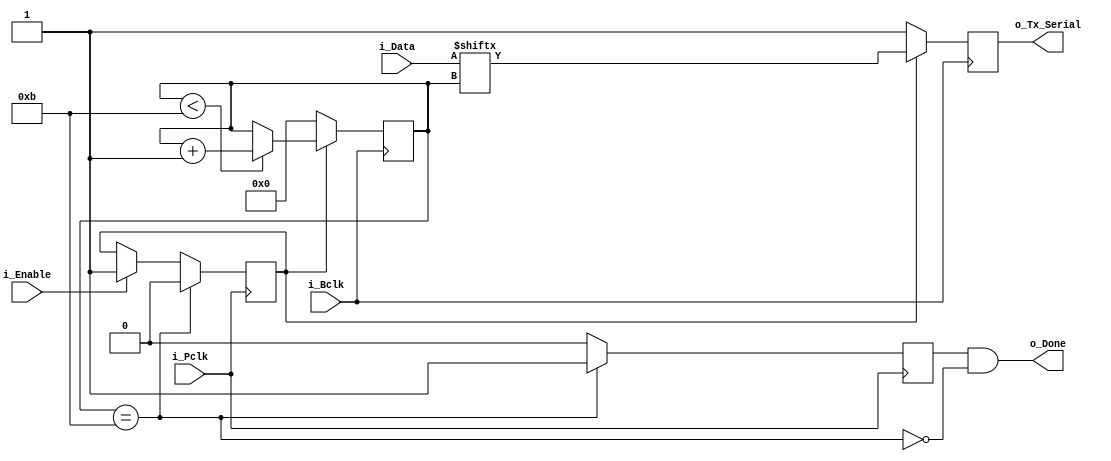
// Tx shift register

module txshift(
  input        i_Pclk,
  input        i_Bclk,
  input        i_Enable,
  input [10:0] i_Data,
  output       o_Done,
  output reg   o_Tx_Serial
  );

  reg       r_Start     = 0;
  reg       r_Finish    = 0; 
  reg [3:0] r_Bit_Index = 0;

  always @ (posedge i_Pclk) begin
    if (i_Enable) begin // new data to send arrived
      r_Start <= 1;
    end 
    if (r_Bit_Index == 11) begin // finish condition
      r_Start <= 0;
      r_Finish <= 1; 
    end else begin
      r_Finish <= 0; 
    end
  end

  always @ (posedge i_Bclk) begin // pararell to serial
    if (r_Start) begin
      o_Tx_Serial <= i_Data[r_Bit_Index];
      if (r_Bit_Index < 11) begin
        r_Bit_Index <= r_Bit_Index + 1;
      end
    end else begin
      o_Tx_Serial <= 1;
      r_Bit_Index <= 0;
    end
  end

  assign o_Done = r_Finish & ~(r_Bit_Index == 11); // register edge detection

endmodule